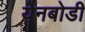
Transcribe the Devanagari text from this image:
येनबोडी